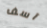
آسف